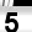
Digit: 5